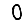
Digit: 0